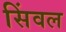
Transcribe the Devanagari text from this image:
सिंवल